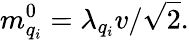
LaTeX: m_{q_{i}}^{0}=\lambda_{q_{i}}v/{\sqrt 2}.